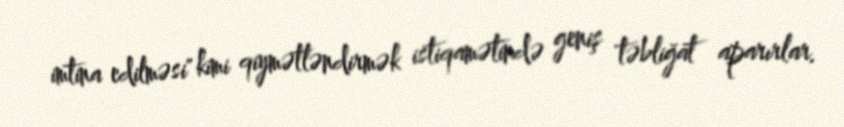
imtina edilməsi" kimi qiymətləndirmək istiqamətində geniş təbliğat aparırlar.